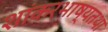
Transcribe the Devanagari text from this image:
शांकरभाष्यतथा